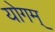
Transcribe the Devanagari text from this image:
योगम्